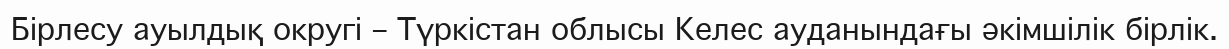
Бірлесу ауылдық округі – Түркістан облысы Келес ауданындағы әкімшілік бірлік.